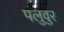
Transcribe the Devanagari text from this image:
पलुवुर